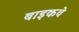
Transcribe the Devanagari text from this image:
बाइकवे